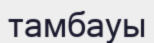
тамбауы